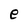
Character: e